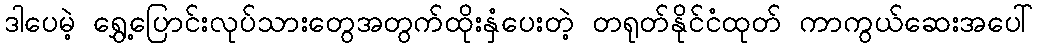
ဒါပေမဲ့ ရွှေ့ပြောင်းလုပ်သားတွေအတွက်ထိုးနှံပေးတဲ့ တရုတ်နိုင်ငံထုတ် ကာကွယ်ဆေးအပေါ်